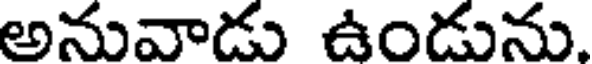
అనువాడు ఉండును.